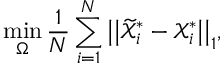
\operatorname* { m i n } _ { \Omega } \frac { 1 } { N } \sum _ { i = 1 } ^ { N } \big | \big | \widetilde { \mathcal { X } } _ { i } ^ { * } - \mathcal { X } _ { i } ^ { * } \big | \big | _ { 1 } ,